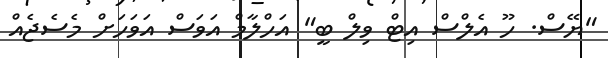
"ޔޭސް. ހޫ އެލްސް އިޓް ވިލް ބީ" އަހްލާމް އަވަސް އަވަހަށް މެސެޖެއް